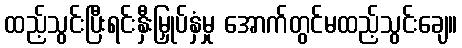
ထည့်သွင်းပြီးရင်းနှီးမြှုပ်နှံမှု အောက်တွင်မထည့်သွင်းချေ။